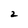
Character: 2